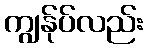
ကျွန်ုပ်လည်း